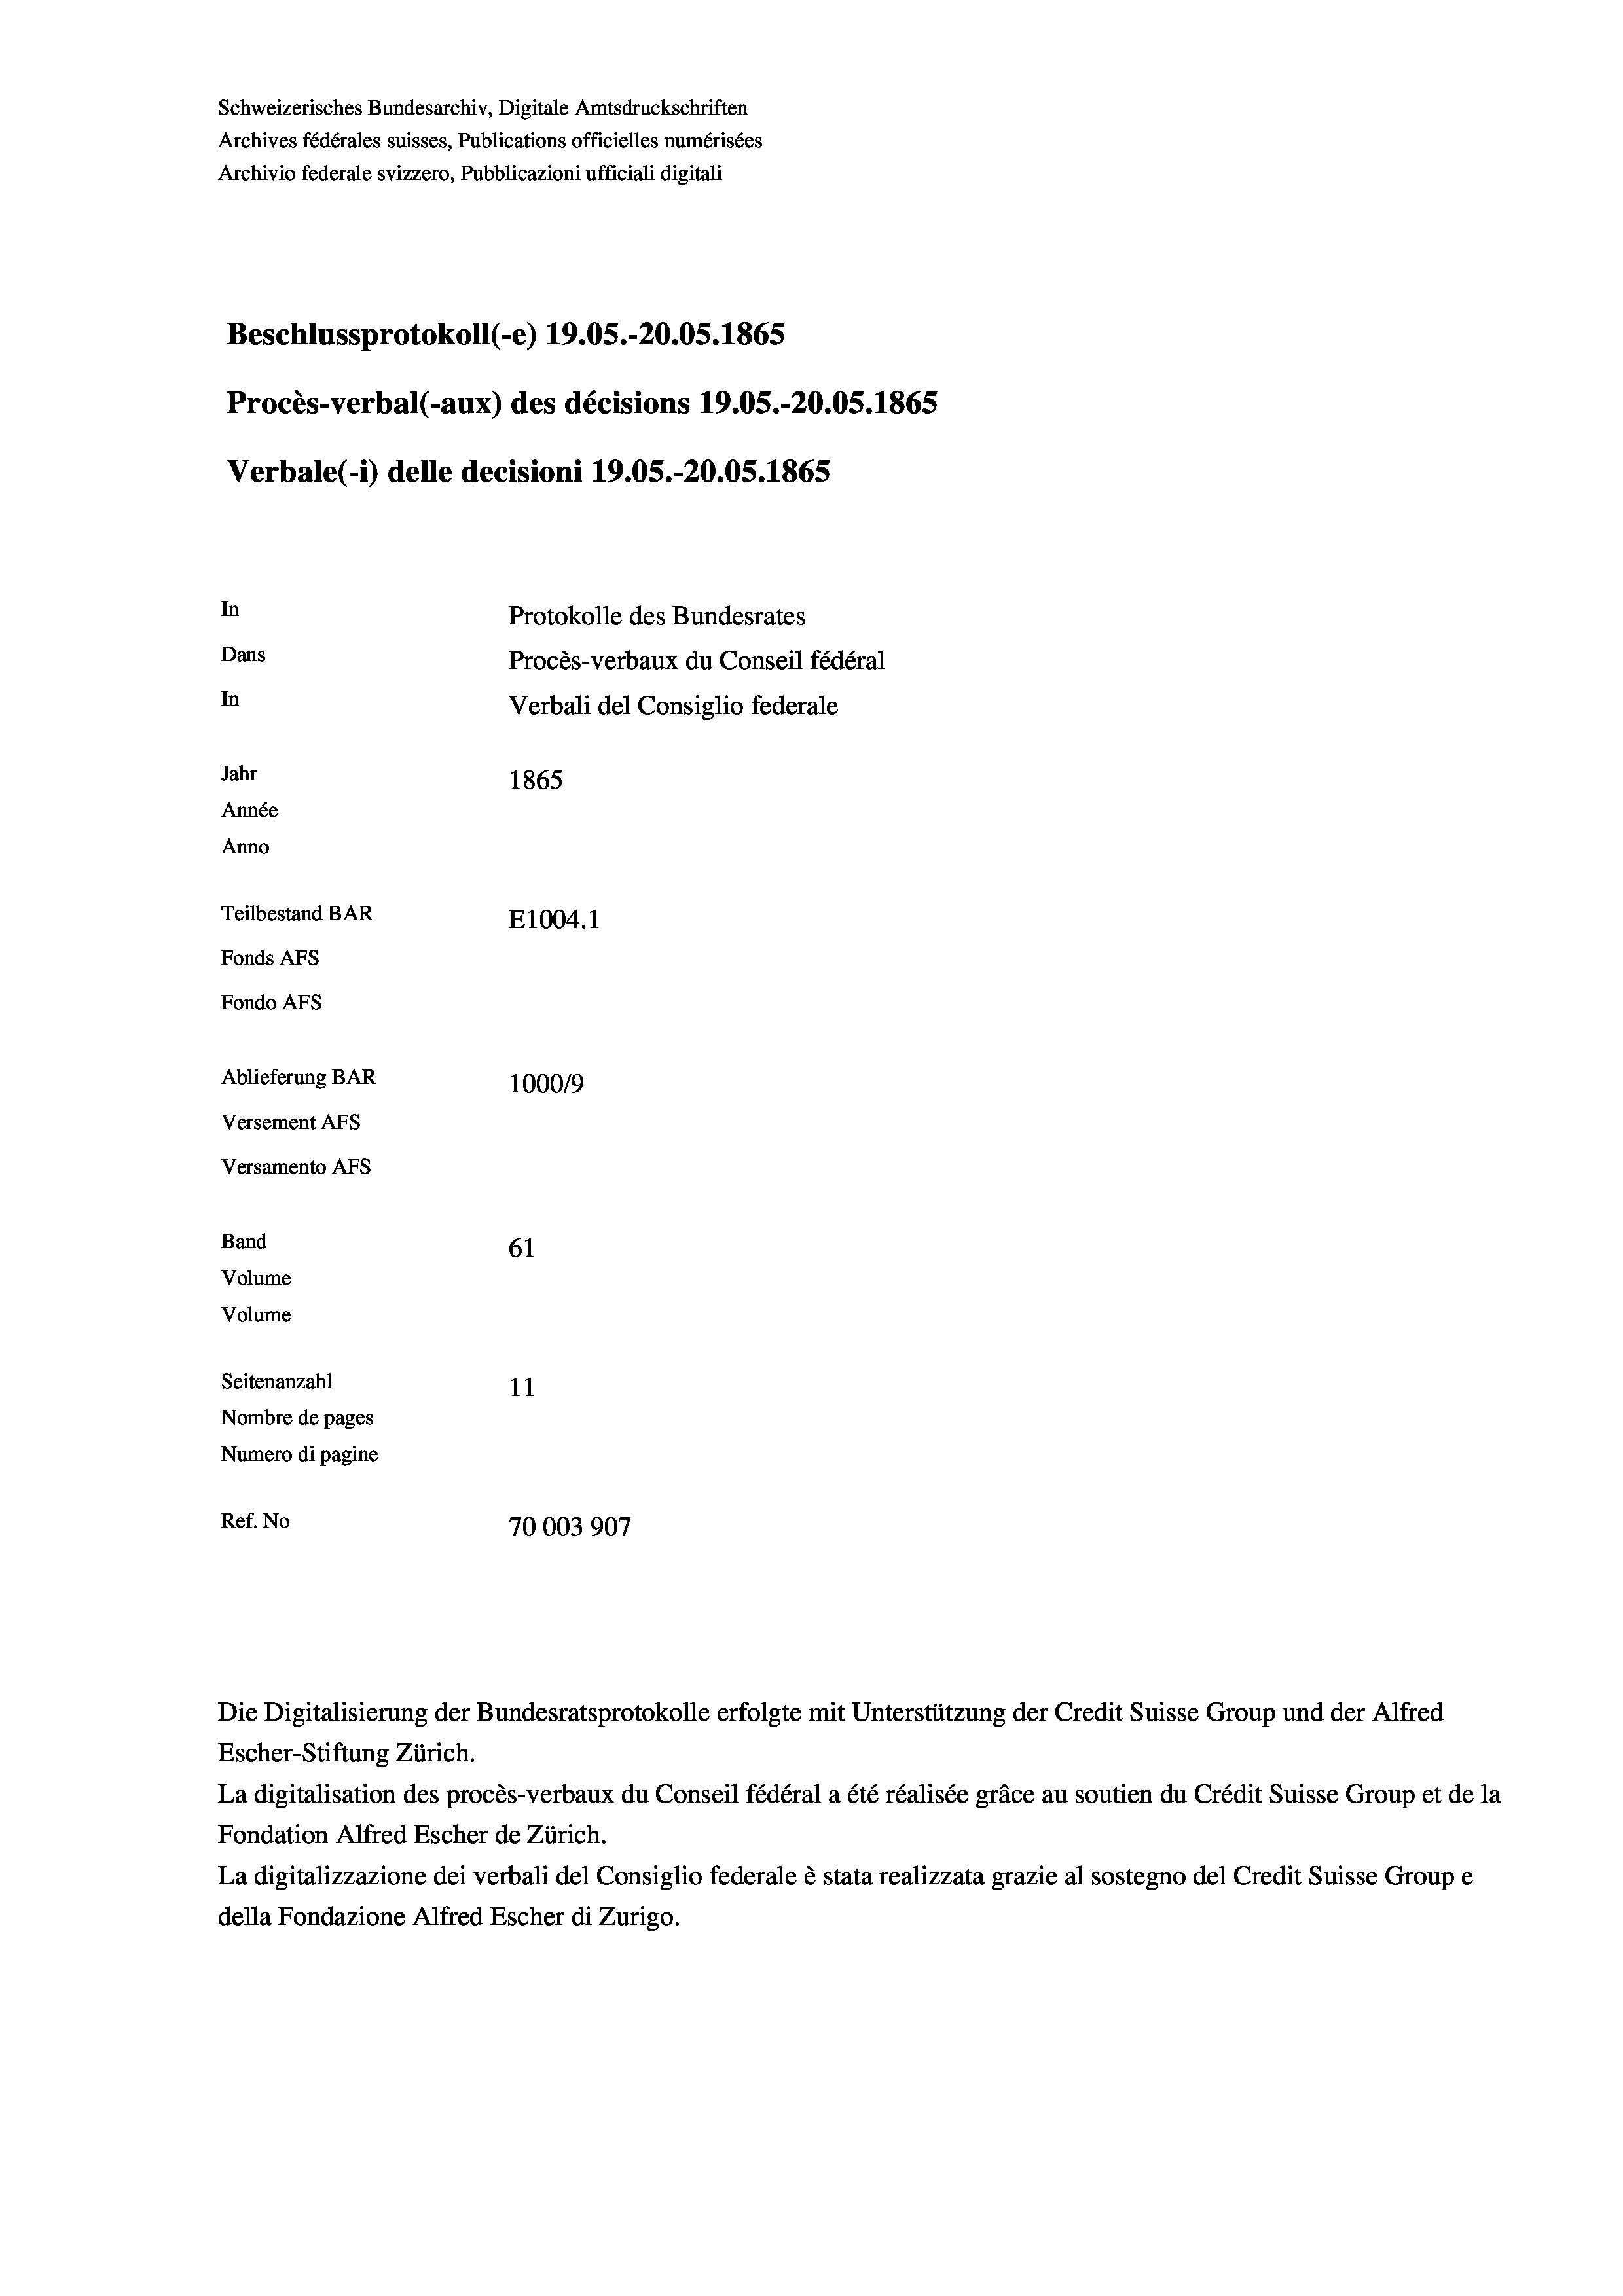
Schweizerisches Bundesarchiv, Digitale Amtsdruckschriften
Archives fédérales suisses, Publications officielles numérisées
Archivio federale svizzero, Pubblicazioni ufficiali digitali
Beschlussprotokoll (-e) 19.05.-20.05. 1865
Procès-verbal (-aux) des décisions 19.05.-20.05. 1865
Verbale (i) delle decisioni 19.05.-20.05. 1865
In
Protokolle des Bundesrates
Dans
Procès-verbaux du Conseil fédéral
In
Verbali del Consiglio federale
Jahr
1865
Année
Anno
Teilbestand BAR
E1004. 1
Fonds AFs
Fondo Afs
Ablieferung BAR
100019
Versement Ans
Versamento Afs
Band
61
Volume
Volume
Seitenanzahl
11
Nombre de pages
Numero di pagine
Ref. No
70003907

Escher-Stiftung Zürich.
La digitalisation des procès-verbaux du Conseil fédéral a été réalisée gräce au soutien du Crédit Suisse Group et de la
Fondation Alfred Escher de Zürich.
La digitalizzazione dei verbali del Consiglio federale è stata realizzata grazie al sostegno del Credit Suisse Groupe
della Fondazione Alfred Escher di Zurigo.

Die Digitalisierung der Bundesratsprotokolle erfolgte mit Unterstützung der Credit Suisse Group und der Alfred